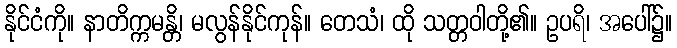
နိုင်ငံကို။ နာတိက္ကမန္တိ၊ မလွန်နိုင်ကုန်။ တေသံ၊ ထို သတ္တဝါတို့၏။ ဥပရိ၊ အပေါ်၌။